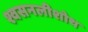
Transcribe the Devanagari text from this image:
श्वसनलीशोथ